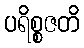
ပရိစ္စဇတိ